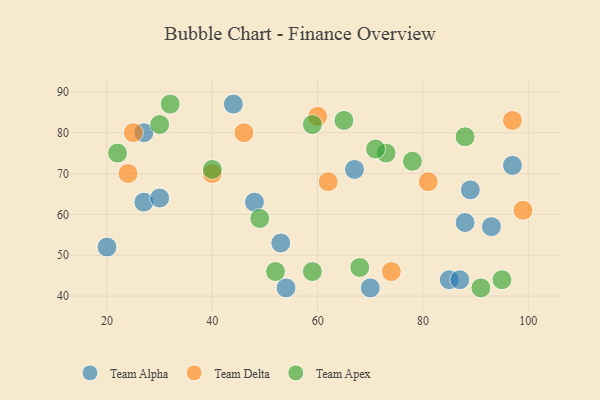
{"axis": {"x": "GDP", "y": "Life Expectancy"}, "legend": ["Team Alpha", "Team Apex", "Team Delta"], "data": [{"x": "70", "y": 42, "type": "Team Alpha"}, {"x": "44", "y": 87, "type": "Team Alpha"}, {"x": "27", "y": 63, "type": "Team Alpha"}, {"x": "93", "y": 57, "type": "Team Alpha"}, {"x": "97", "y": 72, "type": "Team Alpha"}, {"x": "85", "y": 44, "type": "Team Alpha"}, {"x": "53", "y": 53, "type": "Team Alpha"}, {"x": "54", "y": 42, "type": "Team Alpha"}, {"x": "20", "y": 52, "type": "Team Alpha"}, {"x": "30", "y": 64, "type": "Team Alpha"}, {"x": "88", "y": 58, "type": "Team Alpha"}, {"x": "27", "y": 80, "type": "Team Alpha"}, {"x": "87", "y": 44, "type": "Team Alpha"}, {"x": "48", "y": 63, "type": "Team Alpha"}, {"x": "89", "y": 66, "type": "Team Alpha"}, {"x": "67", "y": 71, "type": "Team Alpha"}, {"x": "60", "y": 84, "type": "Team Delta"}, {"x": "62", "y": 68, "type": "Team Delta"}, {"x": "99", "y": 61, "type": "Team Delta"}, {"x": "40", "y": 70, "type": "Team Delta"}, {"x": "97", "y": 83, "type": "Team Delta"}, {"x": "81", "y": 68, "type": "Team Delta"}, {"x": "24", "y": 70, "type": "Team Delta"}, {"x": "46", "y": 80, "type": "Team Delta"}, {"x": "25", "y": 80, "type": "Team Delta"}, {"x": "74", "y": 46, "type": "Team Delta"}, {"x": "68", "y": 47, "type": "Team Apex"}, {"x": "59", "y": 82, "type": "Team Apex"}, {"x": "73", "y": 75, "type": "Team Apex"}, {"x": "88", "y": 79, "type": "Team Apex"}, {"x": "78", "y": 73, "type": "Team Apex"}, {"x": "32", "y": 87, "type": "Team Apex"}, {"x": "22", "y": 75, "type": "Team Apex"}, {"x": "49", "y": 59, "type": "Team Apex"}, {"x": "30", "y": 82, "type": "Team Apex"}, {"x": "95", "y": 44, "type": "Team Apex"}, {"x": "40", "y": 71, "type": "Team Apex"}, {"x": "52", "y": 46, "type": "Team Apex"}, {"x": "59", "y": 46, "type": "Team Apex"}, {"x": "71", "y": 76, "type": "Team Apex"}, {"x": "65", "y": 83, "type": "Team Apex"}, {"x": "91", "y": 42, "type": "Team Apex"}]}